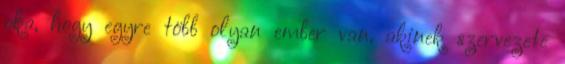
oka, hogy egyre több olyan ember van, akinek szervezete